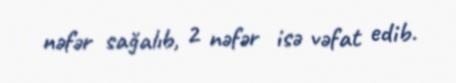
nəfər sağalıb, 2 nəfər isə vəfat edib.